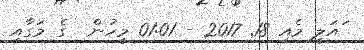
ައަލީ މެއި 18